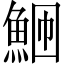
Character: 𬵎